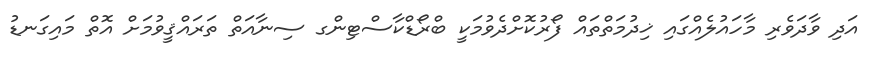
އަދި ވާދަވެރި މާހައުލެއްގައި ޚިދުމަތްތައް ފޯރުކޮށްދެވުމަކީ ބްރޯޑްކާސްޓިންގ ސިނާއަތް ތަރައްޤީވުމަށް އޮތް މައިގަނޑު